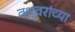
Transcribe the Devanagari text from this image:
वधुवरांच्या